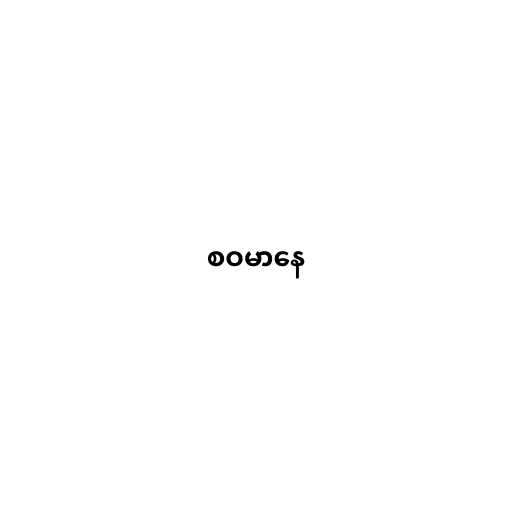
စဝမာနေ